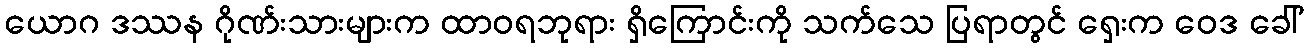
ယောဂ ဒဿန ဂိုဏ်းသားများက ထာဝရဘုရား ရှိကြောင်းကို သက်သေ ပြရာတွင် ရှေးက ဝေဒ ခေါ်